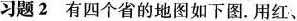
习题2有四个省的地图如下图。用红、